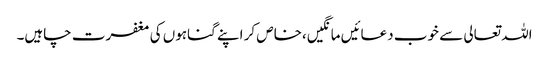
اللہ تعالی سے خوب دعائیں مانگیں،خاص کر اپنے گناہوں کی مغفرت چاہیں۔